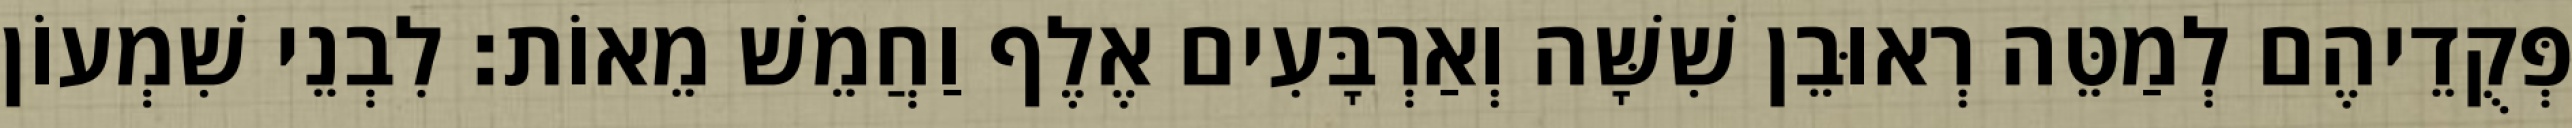
פְּקֻדֵיהֶם לְמַטֵּה רְאוּבֵן שִׁשָּׁה וְאַרְבָּעִים אֶלֶף וַחֲמֵשׁ מֵאוֹת׃ לִבְנֵי שִׁמְעוֹן